Civil Veterinary Dept. Bombay admin report 1914-1922 - 1914-1922
Year: 1914
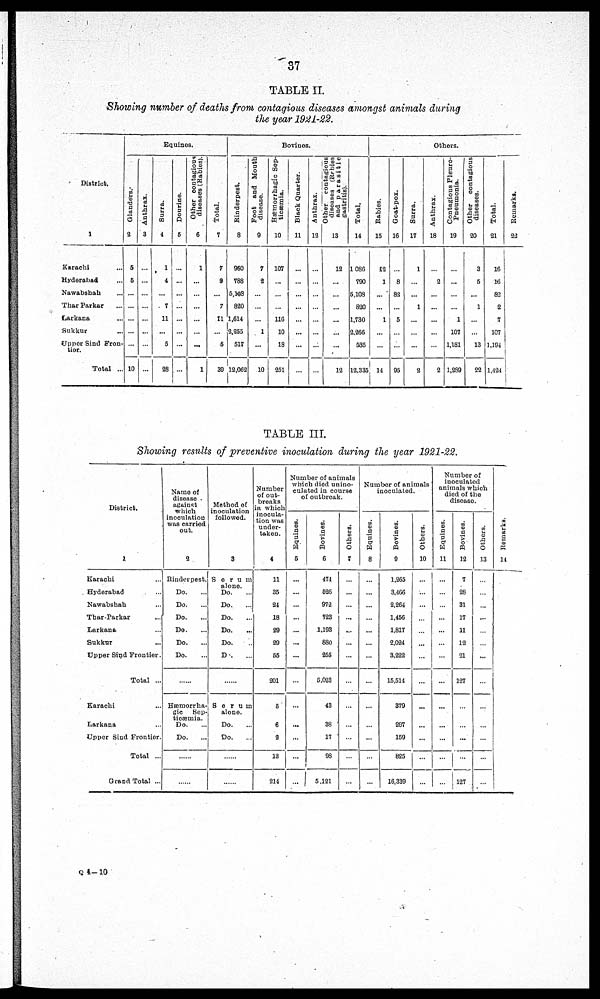
37
TABLE II.
Showing number of deaths from contagious diseases amongst animals during
the year 1921-22.
District.
1
Karachi ...
Hyderabad ...
Nawabshah ...
Thar Parkar ...
Larkana ..
Sukkur
Uppor Sind Fron-
tier.
Total ...
Equines.
Glanders.
2
5
5
...
...
...
...
...
10
Anthrax.
3
...
...
...
...
...
...
...
...
Surra.
4
1
4
...
7
11
...
5
28
Dourine.
5
...
...
...
...
...
...
...
...
Other contagious
diseases (Rabies).
6
1
...
...
...
...
...
...
1
Total.
7
7
9
...
7
11
...
5
39
Bovines.
Rinderpest.
8
960
788
5,103
820
1,614
2,255
517
12,062
Foot and Mouth
disease.
9
7
2
...
...
...
1
...
10
Hæmorrhagic
Sep-
ticæmia.
10
107
...
...
...
116
10
18
251
Black Quarter.
11
...
...
...
...
...
...
...
...
Anthrax.
12
...
...
...
...
...
...
...
...
Other contagious
diseases (Rabies
and parasitic
gastritis).
13
12
...
...
...
...
...
...
12
Total.
14
1,086
790
5,108
820
1,730
2,266
535
12,335
Others.
Rabies.
15
12
1
...
...
1
...
...
14
Goat-pox.
16
...
8
82
...
5
...
...
95
Surra.
17
1
...
...
1
...
...
...
2
Anthrax.
18
...
2
...
...
...
...
...
2
Contagious Pleuro-
pneumonia.
19
...
...
...
...
1
107
1,181
1,289
Other contagious
diseases.
20
3
5
...
1
...
...
13
22
Total.
21
16
16
82
2
7
107
1,194
1,424
Remarks.
22
TABLE III.
Showing results of preventive inoculation during the year 1921-22.
District.
1
Karachi ...
Hyderabad ...
Nawabshah ...
Thar-Parkar ...
Larkana ...
Sukkur ...
Upper Sind Frontier.
Total ...
Karachi ...
Larkana
Upper Sind Frontier.
Total ...
Grand Total ...
Name of
disease
against
which
inoculation
was carried
out.
2
Rinderpest.
Do. ...
Do. ...
Do. ...
Do. ...
Do. ...
Do. ...
......
Hæmorrha-
gic
Sep-
ticæmia.
Do. ...
Do. ...
......
......
Method of
inoculation
followed.
3
Serum
alone.
Do. ...
Do. ...
Do. ...
Do. ...
Do. ...
Do. ...
......
Serum
alone.
Do. ...
Do. ...
......
......
Number
of out-
breaks
in which
inocula-
tion was
under-
taken.
4
11
35
24
18
29
29
55
201
5
6
2
13
214
Number of animals
which died unino-
culated in course
of outbreak.
Equines.
6
...
...
...
...
...
...
...
...
...
...
...
...
Bovines.
6
474
626
972
723
1,193
880
255
5,023
43
38
17
98
5,121
Others.
7
...
...
...
...
...
...
...
...
...
Number of animals
inoculated.
Equines.
8
...
...
...
...
...
...
...
...
...
...
...
...
...
Bovines.
9
1,265
3,466
2,264
1,456
1,817
2,024
3,222
15,514
379
287
159
825
16,339
Others.
10
...
...
...
...
...
...
...
...
...
...
...
...
...
Number of
inoculated
animals which
died of the
disease.
Equines.
11
...
...
...
...
...
...
...
...
...
...
...
...
...
Bovines.
12
7
28
31
17
11
12
21
127
...
...
...
...
127
Others.
13
...
...
...
...
...
...
...
...
...
...
...
...
...
Re ma r
ks .
14
Q 4 ––10